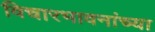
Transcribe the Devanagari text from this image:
विचारभावनांच्या